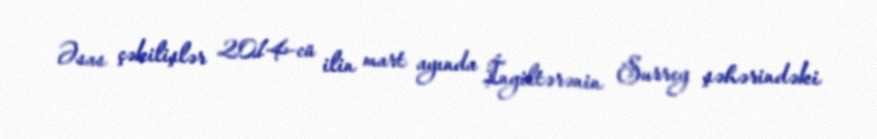
Əsas çəkilişlər 2014-cü ilin mart ayında İngiltərənin Surrey şəhərindəki